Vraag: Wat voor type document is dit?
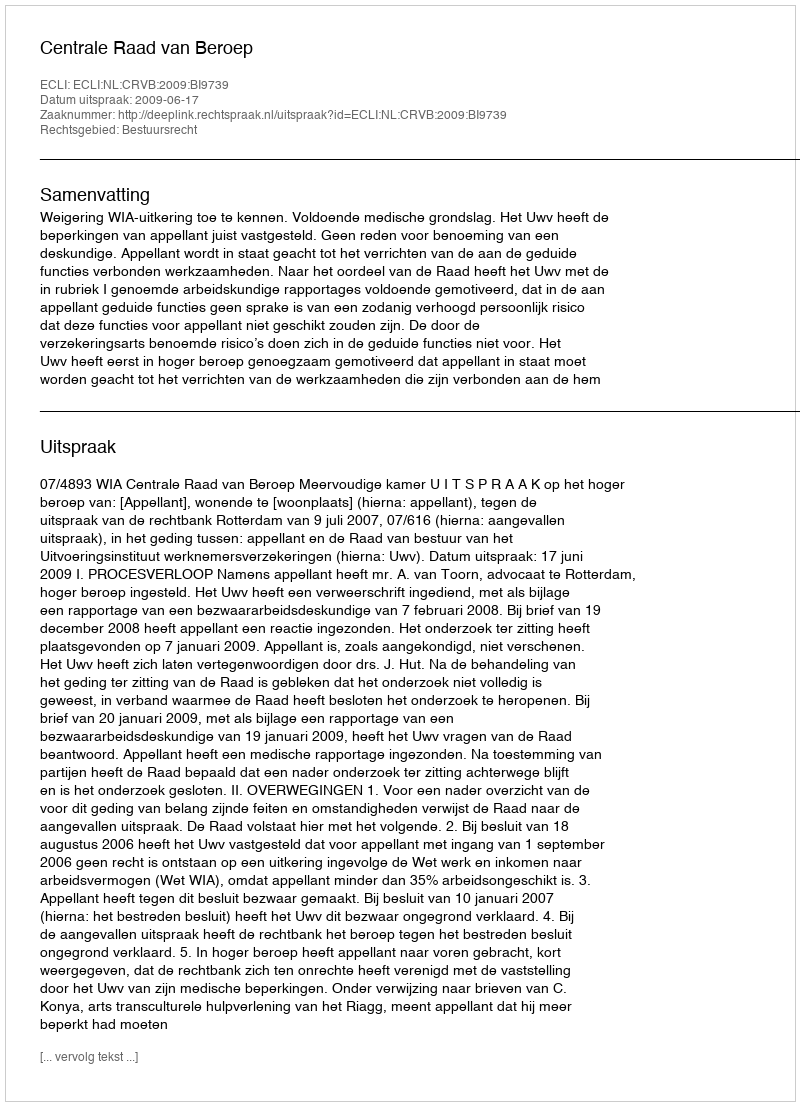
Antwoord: Uitspraak